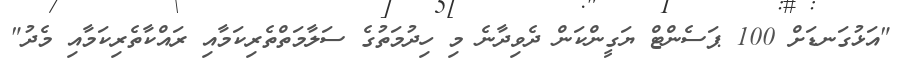
"އަޅުގަނޑަށް 100 ޕަސެންޓް ޔަގީންކަން ދެވިދާނެ މި ހިދުމަތުގެ ސަލާމަތްތެރިކަމާއި ރައްކާތެރިކަމާއި މެދު"